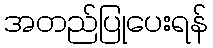
အတည်ပြုပေးရန်